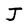
Character: J